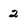
Character: 2